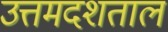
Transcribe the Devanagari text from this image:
उत्तमदशताल